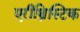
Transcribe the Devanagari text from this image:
एरीथ्रिस्टिक